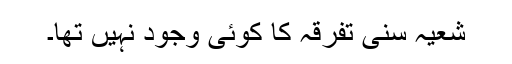
شعیہ سنی تفرقہ کا کوئی وجود نہیں تھا۔